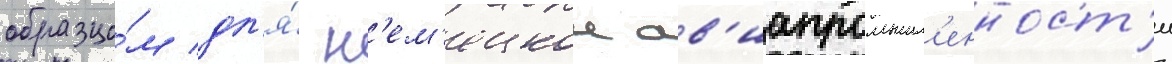
образцо́м дл'я́ н'ем'ецкои ав'иапромышл'енност'и